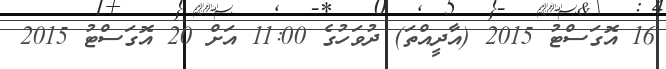
16 އޮގަސްޓު 2015 (އާދީއްތަ) ދުވަހުގެ 11:00 އަށް 20 އޮގަސްޓު 2015